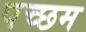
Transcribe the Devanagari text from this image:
पच्छम